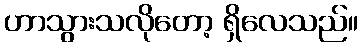
ဟာသွားသလိုတော့ ရှိလေသည်။